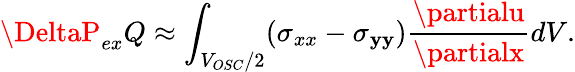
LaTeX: \DeltaP_{ex}Q\approx\int_{V_{OSC}/2}(\sigma_{xx}-\sigma_{\mathbf{y}\mathbf{y}})\frac{{\partialu}}{{\partialx}}dV.